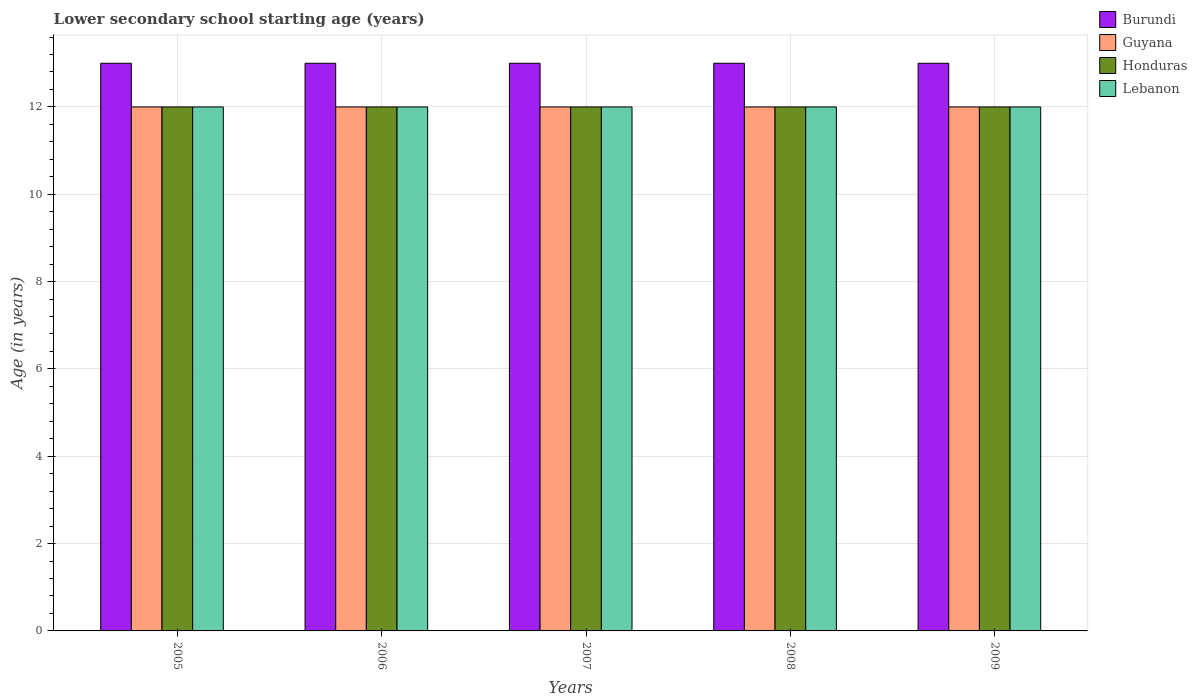
| Years | Burundi | Guyana | Honduras | Lebanon |
 | --- | --- | --- | --- | --- |
 | 2005 | 13 | 12 | 12 | 12 |
 | 2006 | 13 | 12 | 12 | 12 |
 | 2007 | 13 | 12 | 12 | 12 |
 | 2008 | 13 | 12 | 12 | 12 |
 | 2009 | 13 | 12 | 12 | 12 |